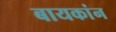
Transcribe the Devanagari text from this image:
बायकांन